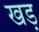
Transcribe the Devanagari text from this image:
खड़